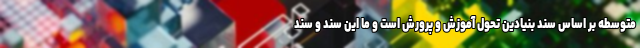
متوسطه بر اساس سند بنیادین تحول آموزش و پرورش است و ما این سند و سند